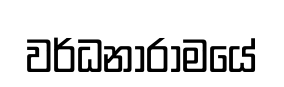
වර්ධනාරාමයේ